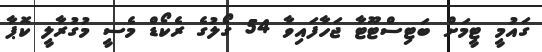
ގައުމީ ޓީމަށް ބަޓިސްޓޫޓާ ޖަހާފައިވާ 54 ގޯލުގެ ރެކޯޑް މެސީ މުގުރާލީ ކޮޕާ